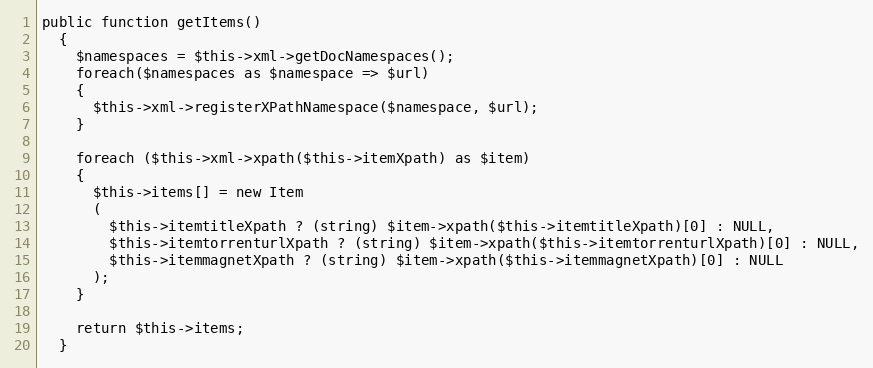
Language: PHP
public function getItems()
  {
    $namespaces = $this->xml->getDocNamespaces();
    foreach($namespaces as $namespace => $url)
    {
      $this->xml->registerXPathNamespace($namespace, $url);
    }

    foreach ($this->xml->xpath($this->itemXpath) as $item)
    {
      $this->items[] = new Item
      (
        $this->itemtitleXpath ? (string) $item->xpath($this->itemtitleXpath)[0] : NULL,
        $this->itemtorrenturlXpath ? (string) $item->xpath($this->itemtorrenturlXpath)[0] : NULL,
        $this->itemmagnetXpath ? (string) $item->xpath($this->itemmagnetXpath)[0] : NULL
      );
    }

    return $this->items;
  }